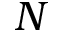
N